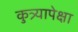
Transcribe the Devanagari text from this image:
कुत्र्यापेक्षा